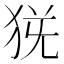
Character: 𤞄